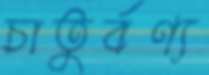
চাতুর্বণ্য